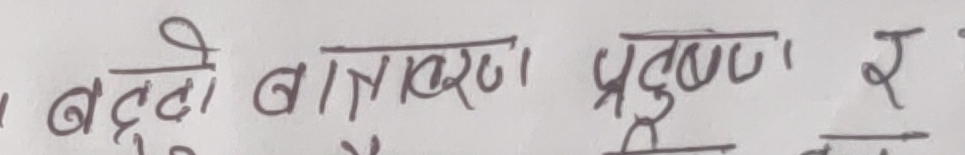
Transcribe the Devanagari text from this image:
बढ्दो वातावरण प्रदूषण र